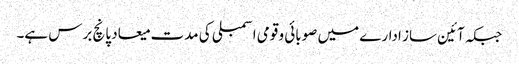
جبکہ آئین ساز ادارے میں صوبائی و قومی اسمبلی کی مدت میعاد پانچ برس ہے۔